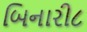
બિનારી૮